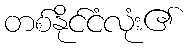
တစ်နိုင်ငံလုံး၏